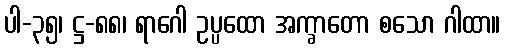
ပါ-၃၅၊ ဋ္ဌ-၈၈၊ ရာဂေါ ဥပ္ပထော အက္ခာတော စသော ဂါထာ။